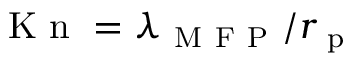
\mathrm { ~ K ~ n ~ } = \lambda _ { \mathrm { ~ M ~ F ~ P ~ } } / r _ { \mathrm { ~ p ~ } }